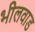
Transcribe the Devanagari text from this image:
भीलवाड